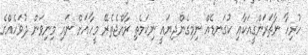
ހުރިހާ ނާޗަރަންގީއަކާއި ކުގަނޑެއް ނިމިގެންދިޔައީ ނިކަމެތި ރާއްޖެތެރޭ މީހާއަށް ނައި މިނިވަން ދުވަހެއްގެ